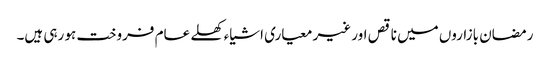
رمضان بازاروں میں ناقص اور غیر معیاری اشیاء کھلے عام فروخت ہو رہی ہیں۔